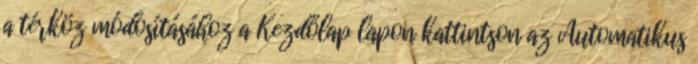
a térköz módosításához a Kezdőlap lapon kattintson az Automatikus